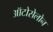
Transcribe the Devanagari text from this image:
ऑटोसेलोन